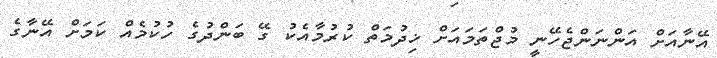
އޭނާއަށް އަންނަންޖެހޭނީ މުޖްތަމައަށް ޚިދުމަތް ކުރުމާއެކު ގޭ ބަންދުގެ ހުކުމެއް ކަމަށް އޭނާގެ